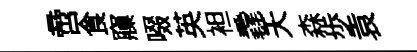
啻食䆿啜英袒毳夭森歩袁